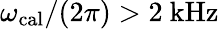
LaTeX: \omega_{\mathrm{cal}}/(2\pi)>2~\mathrm{kHz}